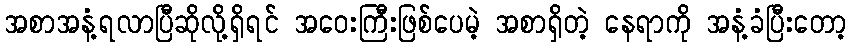
အစာအနံ့ရလာပြီဆိုလို့ရှိရင် အဝေးကြီးဖြစ်ပေမဲ့ အစာရှိတဲ့ နေရာကို အနံ့ခံပြီးတော့